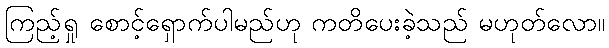
ကြည့်ရှု စောင့်ရှောက်ပါမည်ဟု ကတိပေးခဲ့သည် မဟုတ်လော။